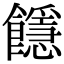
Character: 䭡